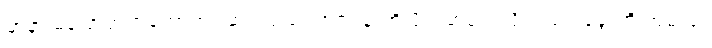
မာနာ မပြောတတ်တော့ဘူး ဆရာရယ်၊ ဘင်ရှန်းကို ပိုက်ဆံပေးလိုက် ရင် ခွေးကို အမဲလုံး